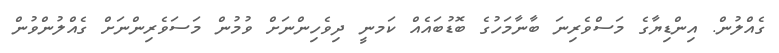
ގެއްލުން. އިންޑިޔާގެ މަސްވެރިނަ ބާނާމަހުގެ ބޮޑުބައެއް ކަމނީ ދިވެހިންނަށް ވުމުން މަސަވެރިންނަށް ގެއްލުންވުން